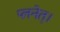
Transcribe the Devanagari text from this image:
प्लनेत्।